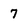
Character: 7